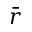
\bar { r }